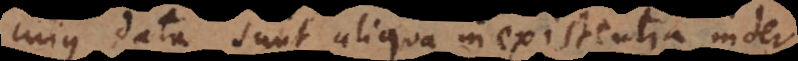
cujus data sunt aliqua inexistentia inter